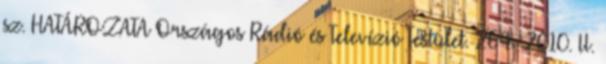
sz. HATÁROZATA Országos Rádió és Televízió Testület. 264 2010. II.